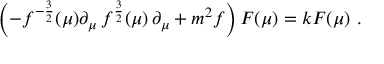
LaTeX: \left( - f ^ { - { \frac { 3 } { 2 } } } ( \mu ) \partial _ { \mu } \, f ^ { { \frac { 3 } { 2 } } } ( \mu ) \, \partial _ { \mu } + m ^ { 2 } f \right) F ( \mu ) = k F ( \mu ) \ .